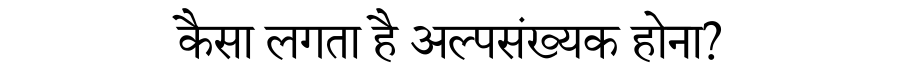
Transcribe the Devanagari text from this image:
कैसा लगता है अल्पसंख्यक होना?